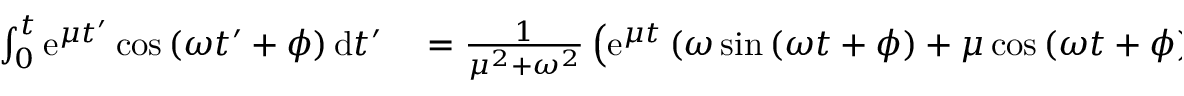
\begin{array} { r l } { \int _ { 0 } ^ { t } \mathrm { e } ^ { \mu t ^ { \prime } } \cos \left( \omega t ^ { \prime } + \phi \right) \mathrm { d } t ^ { \prime } } & { { } = \frac { 1 } { \mu ^ { 2 } + \omega ^ { 2 } } \left( \mathrm { e } ^ { \mu t } \left( \omega \sin \left( \omega t + \phi \right) + \mu \cos \left( \omega t + \phi \right) \right) - \left( \omega \sin \phi + \mu \cos \phi \right) \right) } \end{array}